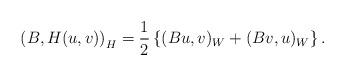
LaTeX: \begin{align*}\left(B, H(u,v)\right)_H=\frac{1}{2}\left\{(Bu, v)_W+(Bv,u)_W\right\}. \end{align*}